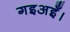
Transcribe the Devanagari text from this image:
गइअइँ।